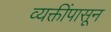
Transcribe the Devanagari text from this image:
व्यक्तींपासून